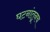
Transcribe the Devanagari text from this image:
घटनांतूनच